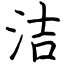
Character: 洁